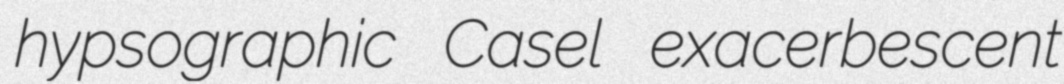
hypsographic Casel exacerbescent